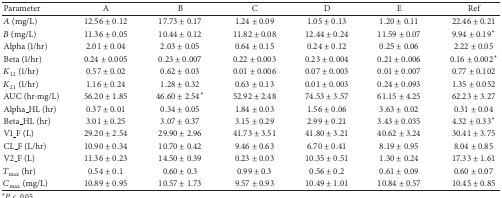
<table><thead><tr><td><b>Parameter</b></td><td><b>A</b></td><td><b>B</b></td><td><b>C</b></td><td><b>D</b></td><td><b>E</b></td><td><b>Ref</b></td></tr></thead><tbody><tr><td><i>A</i> (mg/L)</td><td>12.56 ± 0.12</td><td>17.73 ± 0.17</td><td>1.24 ± 0.09</td><td>1.05 ± 0.13</td><td>1.20 ± 0.11</td><td>22.46 ± 0.21</td></tr><tr><td><i>B</i> (mg/L)</td><td>11.36 ± 0.05</td><td>10.44 ± 0.12</td><td>11.82 ± 0.08</td><td>12.44 ± 0.24</td><td>11.59 ± 0.07</td><td>9.94 ± 0.19*</td></tr><tr><td>Alpha (1/hr)</td><td>2.01 ± 0.04</td><td>2.03 ± 0.05</td><td>0.64 ± 0.15</td><td>0.24 ± 0.12</td><td>0.25 ± 0.06</td><td>2.22 ± 0.05</td></tr><tr><td>Beta (1/hr)</td><td>0.24 ± 0.005</td><td>0.23 ± 0.007</td><td>0.22 ± 0.003</td><td>0.23 ± 0.004</td><td>0.21 ± 0.006</td><td>0.16 ± 0.002*</td></tr><tr><td>K<sub>12</sub> (1/hr)</td><td>0.57 ± 0.02</td><td>0.62 ± 0.03</td><td>0.01 ± 0.006</td><td>0.07 ± 0.003</td><td>0.01 ± 0.007</td><td>0.77 ± 0.102</td></tr><tr><td>K<sub>21</sub> (1/hr)</td><td>1.16 ± 0.24</td><td>1.28 ± 0.32</td><td>0.63 ± 0.13</td><td>0.01 ± 0.003</td><td>0.24 ± 0.093</td><td>1.35 ± 0.052</td></tr><tr><td>AUC (hr·mg/L)</td><td>56.20 ± 1.85</td><td>46.60 ± 2.54*</td><td>52.92 ± 2.48</td><td>74.53 ± 3.57</td><td>61.15 ± 4.25</td><td>62.23 ± 3.27</td></tr><tr><td>Alpha_HL (hr)</td><td>0.37 ± 0.01</td><td>0.34 ± 0.05</td><td>1.84 ± 0.03</td><td>1.56 ± 0.06</td><td>3.63 ± 0.02</td><td>0.31 ± 0.04</td></tr><tr><td>Beta_HL (hr)</td><td>3.01 ± 0.25</td><td>3.07 ± 0.37</td><td>3.15 ± 0.29</td><td>2.99 ± 0.21</td><td>3.43 ± 0.035</td><td>4.32 ± 0.33*</td></tr><tr><td>V1_F (L)</td><td>29.20 ± 2.54</td><td>29.90 ± 2.96</td><td>41.73 ± 3.51</td><td>41.80 ± 3.21</td><td>40.62 ± 3.24</td><td>30.41 ± 3.75</td></tr><tr><td>CL_F (L/hr)</td><td>10.90 ± 0.34</td><td>10.70 ± 0.42</td><td>9.46 ± 0.63</td><td>6.70 ± 0.41</td><td>8.19 ± 0.95</td><td>8.04 ± 0.85</td></tr><tr><td>V2_F (L)</td><td>11.36 ± 0.23</td><td>14.50 ± 0.39</td><td>0.23 ± 0.03</td><td>10.35 ± 0.51</td><td>1.30 ± 0.24</td><td>17.33 ± 1.61</td></tr><tr><td><i>T</i><sub>max⁡</sub> (hr)</td><td>0.54 ± 0.1</td><td>0.60 ± 0.3</td><td>0.99 ± 0.3</td><td>0.56 ± 0.2</td><td>0.61 ± 0.09</td><td>0.60 ± 0.07</td></tr><tr><td><i>C</i><sub>max⁡</sub> (mg/L)</td><td>10.89 ± 0.95</td><td>10.57 ± 1.73</td><td>9.57 ± 0.93</td><td>10.49 ± 1.01</td><td>10.84 ± 0.57</td><td>10.45 ± 0.85</td></tr></tbody></table>